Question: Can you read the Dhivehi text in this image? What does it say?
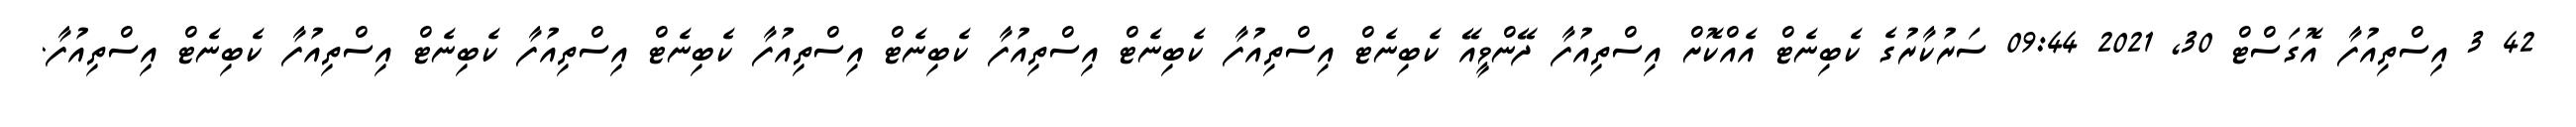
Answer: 42 3 އިސްތިއުފާ އޮގަސްޓް 30, 2021 09:44 ސަރުކާރުގެ ކެބިނެޓް އެއްކޮށް އިސްތިއުފާ ދޭންވީއޭ ކެބިނެޓް އިސްތިއުފާ ކެބިނެޓް އިސްތިއުފާ ކެބިނެޓް އިސްތިއުފާ ކެބިނެޓް އިސްތިއުފާ ކެބިނެޓް އިސްތިއުފާ ކެބިނެޓް އިސްތިއުފާ.